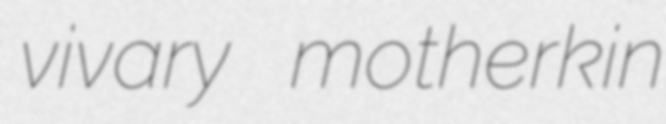
vivary motherkin